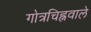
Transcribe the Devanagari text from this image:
गोत्रचिह्नवाले